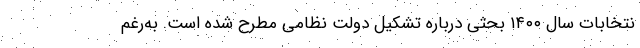
نتخابات سال ۱۴۰۰ بحثی درباره تشکیل دولت نظامی مطرح شده است. به‌رغم